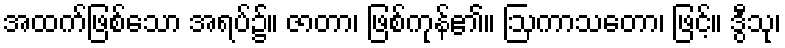
အထက်ဖြစ်သော အရပ်၌။ ဇာတာ၊ ဖြစ်ကုန်၏။ ဩကာသတော၊ ဖြင့်။ ဒွီသု၊